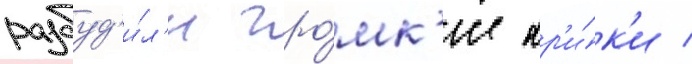
разбуд'и́л'и гро́мк'ие кр'и́к'и /